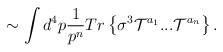
\begin{align*}\sim \int d^4p \frac{1}{p^{n}}Tr\left\{\sigma^3{\cal T}^{a_1}...{\cal T}^{a_n}\right\}.\end{align*}